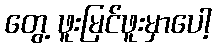
တွေ့ ဖူးမြင်ဖူးမှာပေါ့